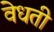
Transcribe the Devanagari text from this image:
वेधती